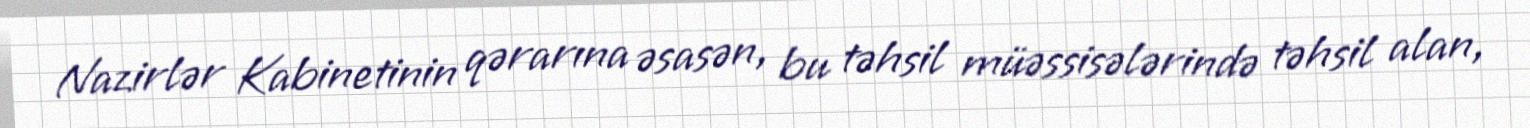
Nazirlər Kabinetinin qərarına əsasən, bu təhsil müəssisələrində təhsil alan,